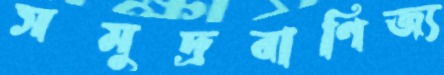
সমুদ্রবাণিজ্য